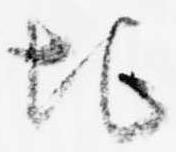
地